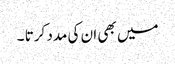
میں بھی ان کی مدد کرتا ۔